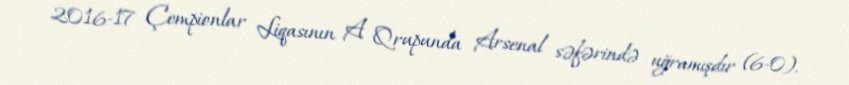
2016-17 Çempionlar Liqasının A Qrupunda Arsenal səfərində uğramışdır (6-0).